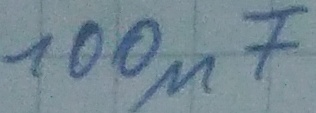
Text: 100µF